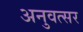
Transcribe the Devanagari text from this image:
अनुवत्सर